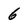
Character: 6